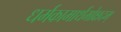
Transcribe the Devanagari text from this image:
धर्मकामार्थमोक्षदम्